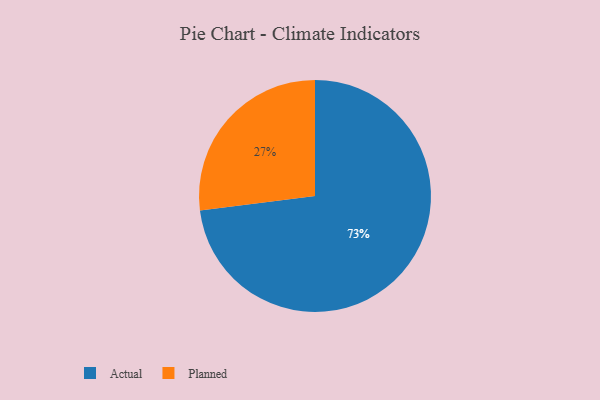
{"axis": {"x": "Category", "y": "Percentage"}, "legend": ["Actual", "Planned"], "data": [{"x": "Actual", "y": 73, "type": "Actual"}, {"x": "Planned", "y": 27, "type": "Planned"}]}